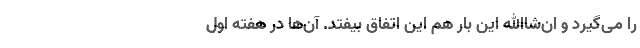
را می‌گیرد و ان‌شاالله این بار هم این اتفاق بیفتد. آن‌ها در هفته اول